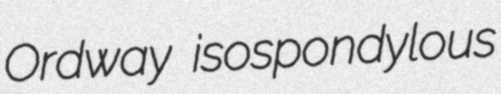
Ordway isospondylous